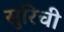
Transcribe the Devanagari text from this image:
सुरिची